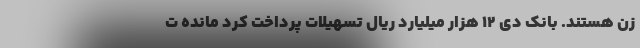
زن هستند. بانک دی 12 هزار میلیارد ریال تسهیلات پرداخت کرد مانده ت